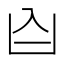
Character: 𪞶